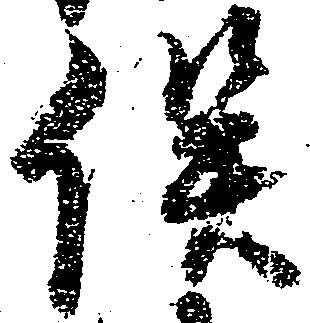
俣